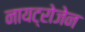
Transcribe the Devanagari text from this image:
नायट्रोजेन